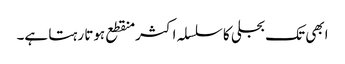
ابھی تک بجلی کا سلسلہ اکثر منقطع ہوتا رہتا ہے۔